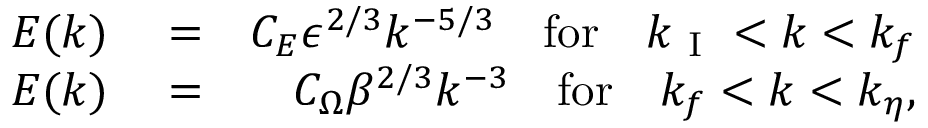
\begin{array} { r l r } { E ( k ) } & { { } = } & { C _ { E } \epsilon ^ { 2 / 3 } k ^ { - 5 / 3 } \quad \mathrm { f o r } \quad k _ { \mathrm { ~ I ~ } } < k < k _ { f } } \\ { E ( k ) } & { { } = } & { C _ { \Omega } \beta ^ { 2 / 3 } k ^ { - 3 } \quad \mathrm { f o r } \quad k _ { f } < k < k _ { \eta } , } \end{array}